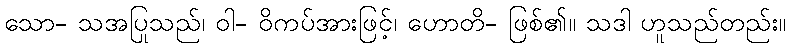
သော- သအပြုသည်၊ ဝါ- ဝိကပ်အားဖြင့်၊ ဟောတိ- ဖြစ်၏။ သဒါ ဟူသည်တည်း။